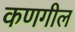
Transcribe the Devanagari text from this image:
कणगील